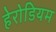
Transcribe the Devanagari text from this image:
हेरोडियम